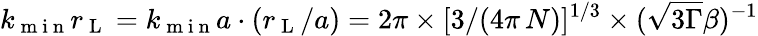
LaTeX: k_{\mathrm{~m~i~n~}}r_{\mathrm{~L~}}=k_{\mathrm{~m~i~n~}}a\cdot(r_{\mathrm{~L~}}/a)=2\pi\times[3/(4\pi\, N)]^{1/3}\times(\sqrt{3\Gamma}\beta)^{-1}